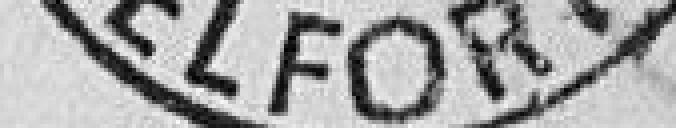
BELFORT